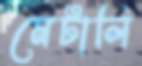
মেটালি